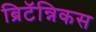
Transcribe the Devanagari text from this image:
ब्रिटॅन्निकस